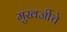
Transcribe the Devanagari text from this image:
मुखर्जीचे